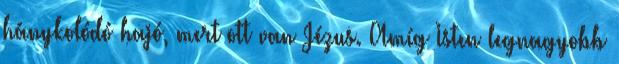
hánykolódó hajó, mert ott van Jézus. Amíg Isten legnagyobb